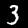
Digit: 3